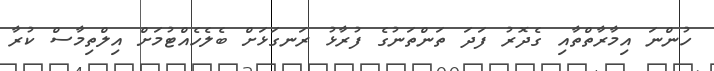
ހުންނަ އިމާރާތްތާއި ގެދޮރު ފަދަ ތަންތަނުގެ ފުރާޅު ރަނގަޅަށް ބެލެހެއްޓުމަށް އިލްތިމާސް ކުރާ